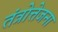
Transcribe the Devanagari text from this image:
तंत्रोत्तेजना